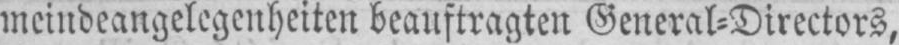
meindeangelegenheiten beauftragten General⸗Directors,